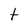
Character: t